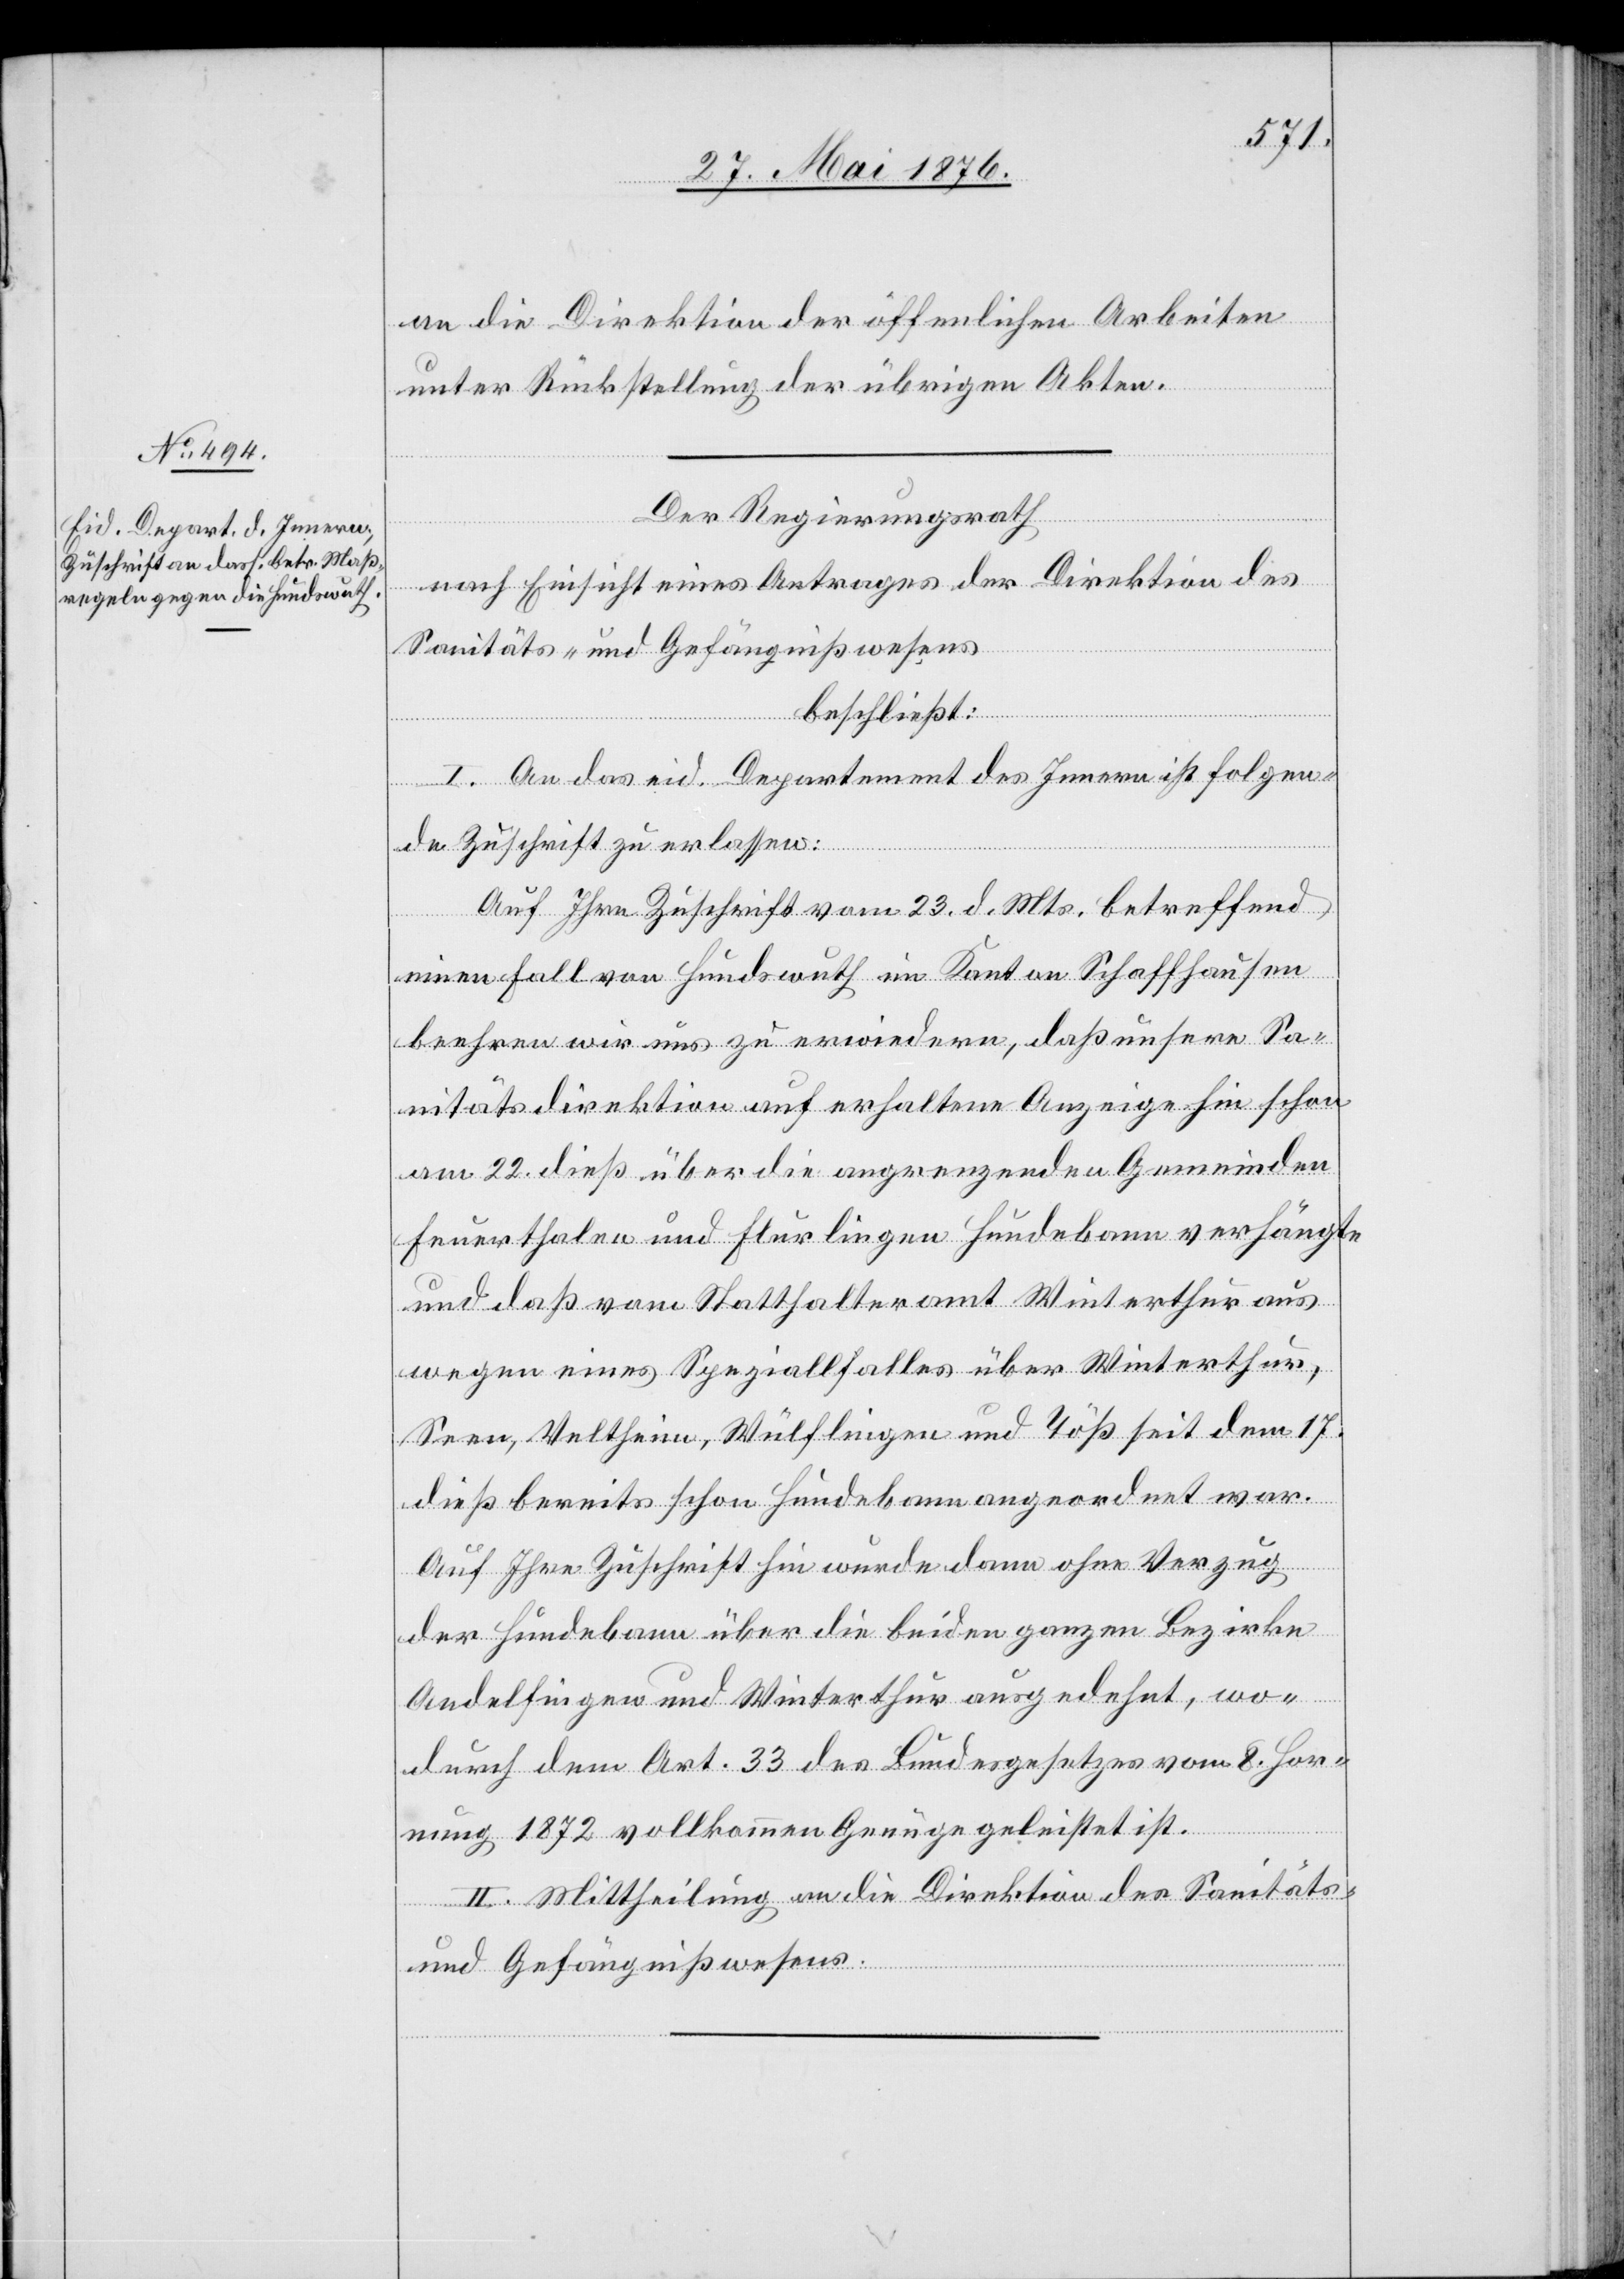
an die Direktion der öffentlichen Arbeiten
unter Rückstellung der übrigen Akten.
Der Regierungsrath
nach Einsicht eines Antrages der Direktion des
Sanitäts- und Gefängnißwesens,
beschließt:
I. An das eid. Departement des Innern ist folgen¬
de Zuschrift zu erlassen:
Auf Ihre Zuschrift vom 23. d. Mts. betreffend
einen Fall von Hundswuth im Kanton Schaffhausen
beehren wir uns zu erwiedern, daß unsere Sa¬
nitätsdirektion auf erhaltene Anzeige hin schon
am 22. dieß über die angrenzenden Gemeinden
Feuerthalen und Flurlingen Hundebann verhängte
und daß vom Statthalteramt Winterthur aus
wegen eines Speziallfalles [sic!] über Winterthur
Seen, Veltheim, Wülflingen und Töß seit dem 17.
dieß bereits schon Hundebann angeordnet war.
Auf Ihre Zuschrift hin wurde dann ohne Verzug
der Hundebann über die beiden ganzen Bezirke
Andelfingen und Winterthur ausgedehnt, wo¬
durch dem Art. 33 des Bundesgesetzes vom 8. Hor¬
nung 1872 vollkommen Genüge geleistet ist.
II. Mittheilung an die Direktion des Sanitäts-
und Gefängnißwesens.